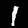
Label: 1